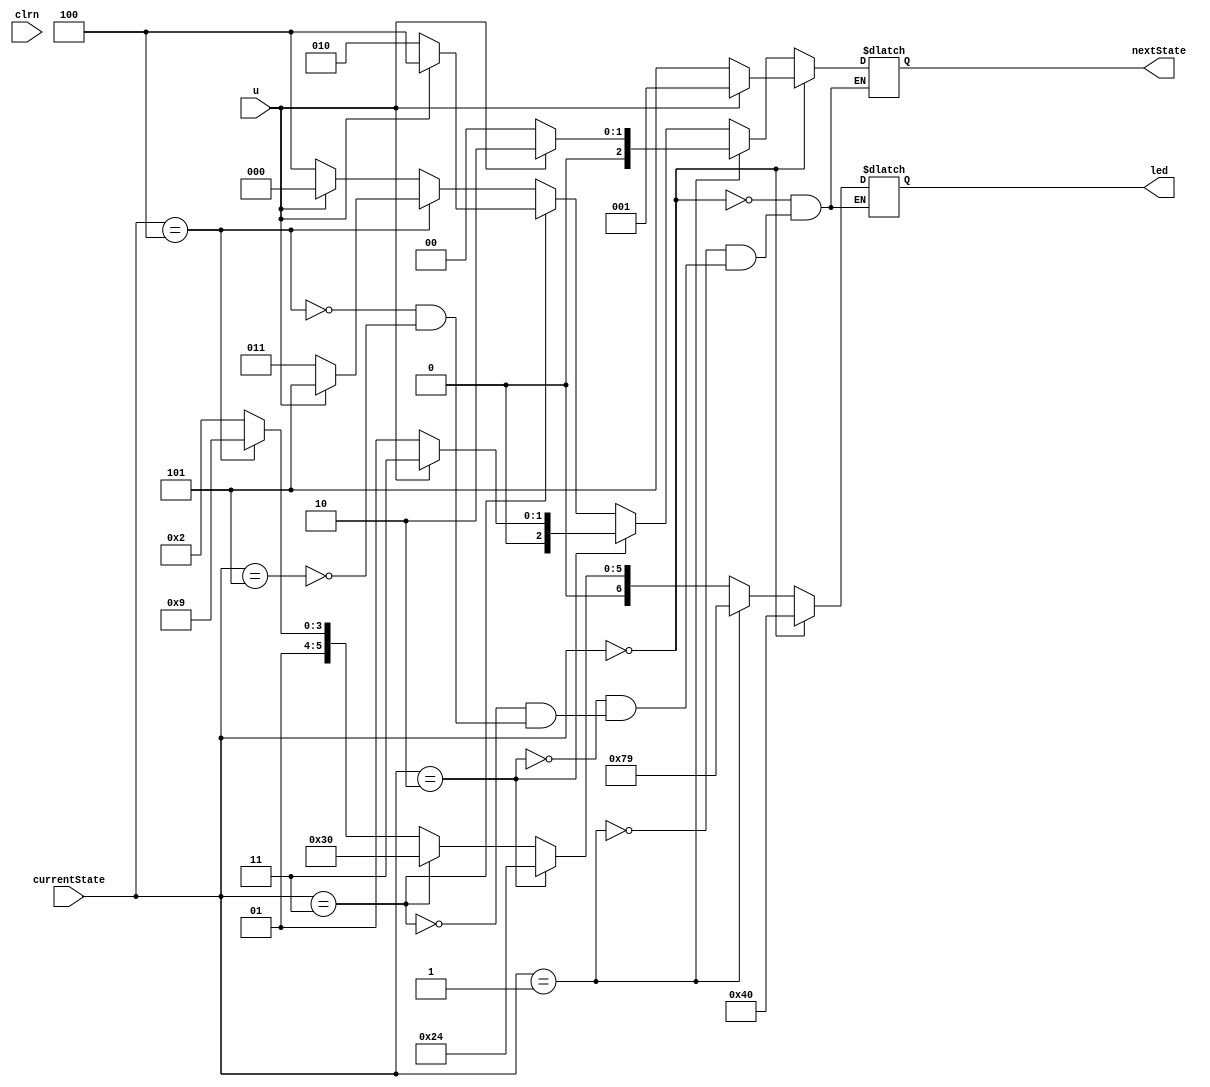
`timescale 1ns / 1ps
//CMPEN 331 Lab1 Taylan Unal FA19
module lab1( // module contains State machine.
    input u, 
    input [2:0] currentState, 
    input clrn,
    output reg [6:0] led,
    output reg [2:0] nextState
    );
    
    reg [2:0] S0 = 3'b000;
    reg [2:0] S1 = 3'b001;
    reg [2:0] S2 = 3'b010;
    reg [2:0] S3 = 3'b011;
    reg [2:0] S4 = 3'b100;
    reg [2:0] S5 = 3'b101;

    always @(*)
    begin
           case(currentState)//depending on current state, determines next state. Defined on lab sheet.
              S0: begin
                 if (u == 1)
                    nextState = S1;
                 else
                    nextState = S5;
              end
              S1: begin
                 if (u == 1)
                    nextState = S2;
                 else
                    nextState = S0;
              end
              S2: begin
                 if (u == 1)
                    nextState = S3;
                 else
                    nextState = S1;
              end
              S3: begin
                 if (u == 1)
                    nextState = S4;
                 else
                    nextState = S2;
              end
              S4: begin
                 if (u == 1)
                    nextState = S5;
                 else
                    nextState = S3;
              end
              S5: begin
                 if (u == 1)
                    nextState = S0;
                 else
                    nextState = S4;
              end
           endcase
     end  
     
    always @(*)
    begin
        case(currentState)// letters for LED are gfedcba because bits go from [bit6 to bit0] MSB first.
            S0: begin // S0=000
                led <= 7'b1000000; //each represents the letters lit up
            end
            S1: begin // S1=001
                led <= 7'b1111001;
            end
            S2: begin // S2=010
                led <= 7'b0100100;
            end
            S3: begin // S3 = 011
                led <= 7'b0110000;
            end
            S4: begin //S4 = 100
                led <= 7'b0011001;
            end
            S5: begin //S5 = 101
                led <= 7'b0010010;
            end
        endcase
    end
endmodule